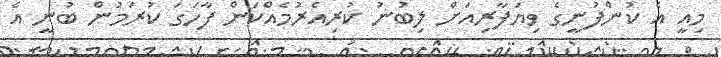
މިއީ އެ ކުންފުނީގެ ވިޔަފާރިއަށް ލިބުނު ކުރިއެރުމެއްކަން ފާހަގަ ކުރަމުން ބުނީ އެ